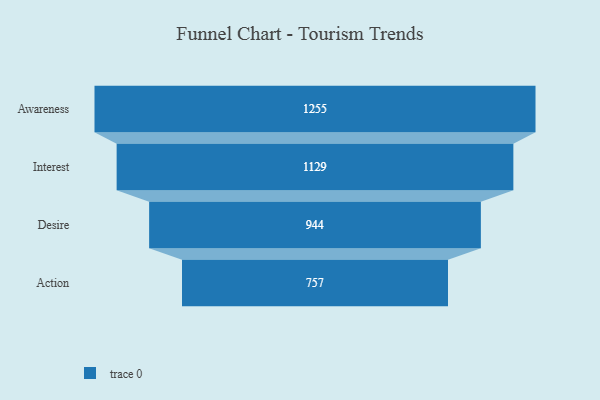
{"axis": {"x": "Stage", "y": "Value"}, "legend": [""], "data": [{"x": "Awareness", "y": 1255.0, "type": ""}, {"x": "Interest", "y": 1129.0, "type": ""}, {"x": "Desire", "y": 944.0, "type": ""}, {"x": "Action", "y": 757.0, "type": ""}]}